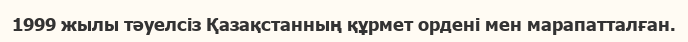
1999 жылы тәуелсіз Қазақстанның құрмет ордені мен марапатталған.